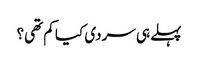
پہلے ہی سردی کیا کم تھی؟